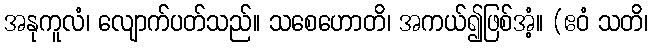
အနုကူလံ၊ လျောက်ပတ်သည်။ သစေဟောတိ၊ အကယ်၍ဖြစ်အံ့။ (ဧဝံ သတိ၊